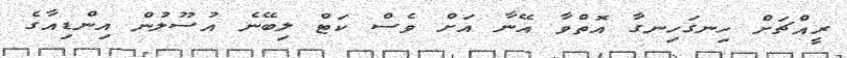
ރީއްޗަށް ހިނގަހިނގާ އޮތްވާ އޭނާ އަށް ވެސް ކަޓް ލިބޭނެ އުސޫލުން އިންޑިއާގެ